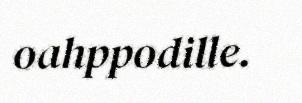
oahppodille.